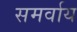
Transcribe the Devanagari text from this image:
समर्वाय